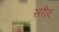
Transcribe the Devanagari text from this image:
सरीए